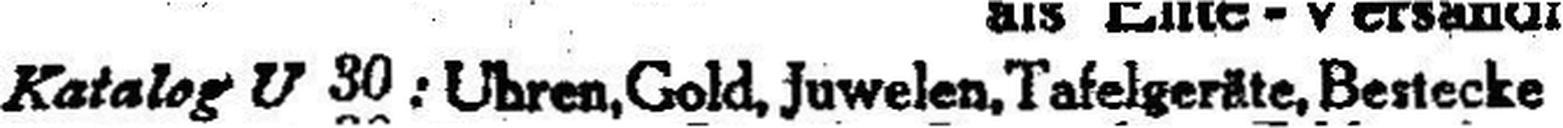
Katalog U 30: Uhren, Gold, Juwelen, Tafelgeräte, Beriecke